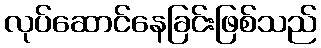
လုပ်ဆောင်နေခြင်းဖြစ်သည်